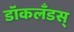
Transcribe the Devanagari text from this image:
डॉकलँडस्